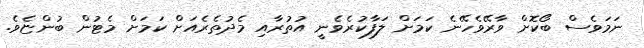
ނަމަވެސް ބޯކޮށް ވާރޭވެހޭނެ ކަމަށް ލަފާކުރެވެނީ އުތުރާއި މެދުތެރެއަށް ކަމަށް މެޓުން ބުންޏެވެ.